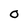
Character: O